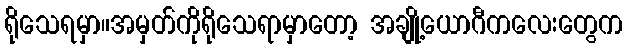
ရိုသေရမှာ။အမှတ်ကိုရိုသေရာမှာတော့ အချို့ယောဂီကလေးတွေက